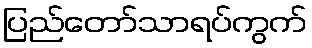
ပြည်တော်သာရပ်ကွက်